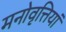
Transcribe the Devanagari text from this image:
मनोवृत्तियां